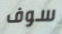
سوف